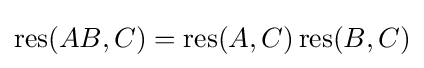
\operatorname {res} (AB,C)=\operatorname {res} (A,C)\operatorname {res} (B,C)